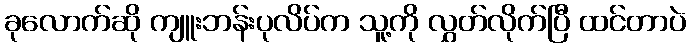
ခုလောက်ဆို ကျူးဘန်းပုလိပ်က သူ့ကို လွှတ်လိုက်ပြီ ထင်တာပဲ